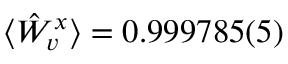
\langle \hat { W } _ { v } ^ { x } \rangle = 0 . 9 9 9 7 8 5 ( 5 )